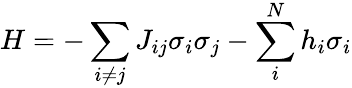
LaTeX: H=-\sum_{i\ne j}{{J_{ij}}{\sigma_{i}}{\sigma_{j}}}-\sum_{i}^{N}{{h_{i}}}{\sigma_{i}}